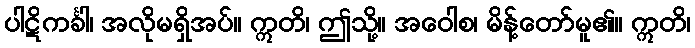
ပါဋိကင်္ခါ၊ အလိုမရှိအပ်။ ဣတိ၊ ဤသို့။ အဝေါစ၊ မိန့်တော်မူ၏။ ဣတိ၊